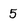
Character: 5